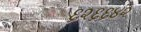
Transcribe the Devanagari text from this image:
६२६६४२